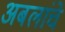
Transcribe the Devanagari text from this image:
अबलांचे